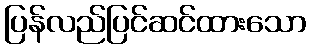
ပြန်လည်ပြင်ဆင်ထားသော